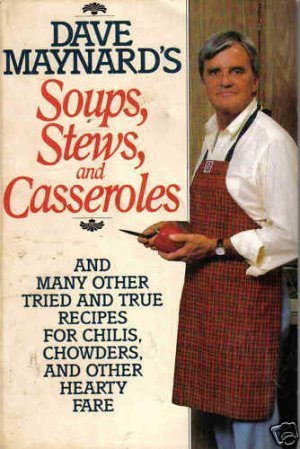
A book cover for Dave Maynard's Soups, Stews, and Casseroles; Dave Maynard; Cookbooks, Food & Wine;